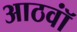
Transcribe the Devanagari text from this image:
आठवॉं